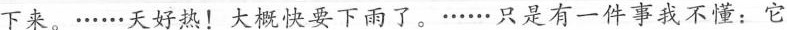
下来。··.···天好热!大概快要下雨了。·..···只是有一件事我不懂:它